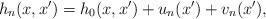
LaTeX: \begin{align*}h_n(x,x')=h_0(x,x')+u_n(x')+v_n(x'),\end{align*}